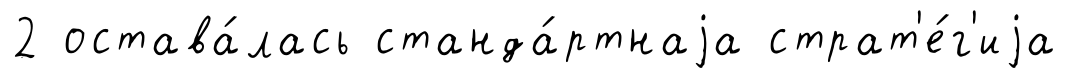
2 остава́лась станда́ртнаjа страт'е́г'иjа